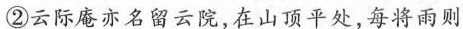
②云际庵亦名留云院，在山顶平处，每将雨则